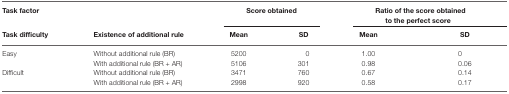
<table><thead><tr><td><b>Task factor</b></td><td></td><td colspan="2"><b>Score obtained</b></td><td colspan="2"><b>Ratio of the score obtained to the perfect score</b></td></tr><tr><td><b>Task difficulty</b></td><td><b>Existence of additional rule</b></td><td><b>Mean</b></td><td><b>SD</b></td><td><b>Mean</b></td><td><b>SD</b></td></tr></thead><tbody><tr><td>Easy</td><td>Without additional rule (BR)</td><td>5200</td><td>0</td><td>1.00</td><td>0</td></tr><tr><td></td><td>With additional rule (BR + AR)</td><td>5106</td><td>301</td><td>0.98</td><td>0.06</td></tr><tr><td>Difficult</td><td>Without additional rule (BR)</td><td>3471</td><td>760</td><td>0.67</td><td>0.14</td></tr><tr><td></td><td>With additional rule (BR + AR)</td><td>2998</td><td>920</td><td>0.58</td><td>0.17</td></tr></tbody></table>